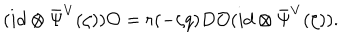
( i d \otimes { \bar { \Psi } } ^ { V } ( \zeta ) ) { \cal O } = r ( - \zeta q ) D { \cal O } ( i d \otimes { \bar { \Psi } } ^ { V } ( \zeta ) ) .